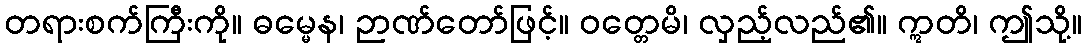
တရားစက်ကြီးကို။ ဓမ္မေန၊ ဉာဏ်တော်ဖြင့်။ ဝတ္တေမိ၊ လှည့်လည်၏။ ဣတိ၊ ဤသို့။